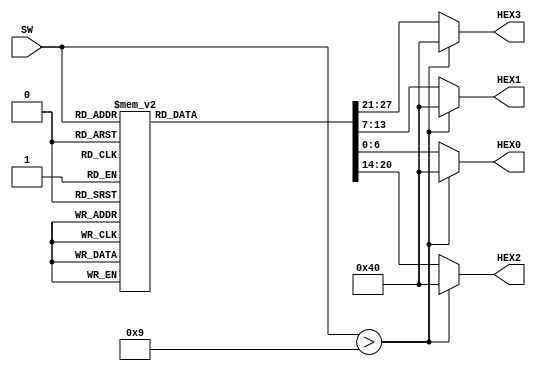
//      -

module bin2dec (SW,HEX3,HEX2,HEX1,HEX0);

	input [3:0] SW;
	output reg[6:0] HEX3,HEX2,HEX1,HEX0;
	
	wire z;
	assign z = SW > 4'b1001;
	
	always @(*)
	begin
		if (z == 1) begin
			HEX0 <= 7'b1000_000;
			HEX1 <= 7'b1000_000;
			HEX2 <= 7'b1000_000;
			HEX3 <= 7'b1000_000;
			end
		else
			case (SW)
			
				4'b0000: begin	
				HEX0 <= 7'b1000_000; 
				HEX1 <= 7'b1000_000; 
				HEX2 <= 7'b1000_000; 
				HEX3 <= 7'b1000_000;
				end
				4'b0001:	begin 
				HEX0 <= 7'b1111_001; 
				HEX1 <= 7'b1000_000;	
				HEX2 <= 7'b1000_000; 
				HEX3 <= 7'b1000_000; 
				end
				4'b0010: begin	
				HEX0 <= 7'b1000_000; 
				HEX1 <= 7'b1111_001; 
				HEX2 <= 7'b1000_000; 
				HEX3 <= 7'b1000_000;
				end
			   4'b0011: begin	
				HEX0 <= 7'b1111_001; 
				HEX1 <= 7'b1111_001; 
				HEX2 <= 7'b1000_000; 
				HEX3 <= 7'b1000_000;
				end
				
				4'b0100: begin	
				HEX0 <= 7'b1000_000; 
				HEX1 <= 7'b1000_000; 
				HEX2 <= 7'b1111_001; 
				HEX3 <= 7'b1000_000;
				end
				4'b0101: begin	
				HEX0 <= 7'b1111_001; 
				HEX1 <= 7'b1000_000; 
				HEX2 <= 7'b1111_001; 
				HEX3 <= 7'b1000_000;
				end
				4'b0110: begin	
				HEX0 <= 7'b1000_000; 
				HEX1 <= 7'b1111_001; 
				HEX2 <= 7'b1111_001; 
				HEX3 <= 7'b1000_000;
				end
				4'b0111: begin	
				HEX0 <= 7'b1111_001; 
				HEX1 <= 7'b1111_001; 
				HEX2 <= 7'b1111_001; 
				HEX3 <= 7'b1000_000;
				end
				4'b1000: begin	
				HEX0 <= 7'b1000_000; 
				HEX1 <= 7'b1000_000; 
				HEX2 <= 7'b1000_000; 
				HEX3 <= 7'b1111_001;
				end
				
				4'b1001: begin	
				HEX0 <= 7'b1111_001; 
				HEX1 <= 7'b1000_000; 
				HEX2 <= 7'b1000_000; 
				HEX3 <= 7'b1111_001;
				end
				
				default: 
				begin
				HEX0 <= 7'b1000_000;
				HEX1 <= 7'b1000_000;
				HEX2 <= 7'b1000_000;
				HEX3 <= 7'b1000_000;
				end
			
			endcase
		
		
	end
	
endmodule